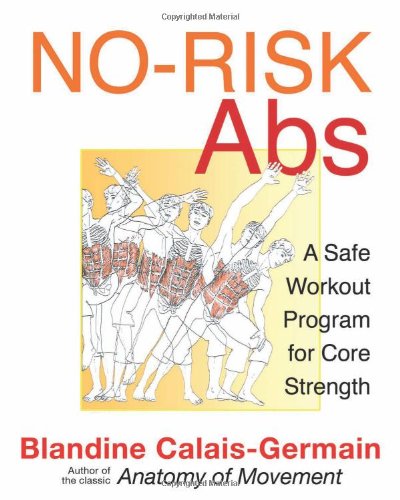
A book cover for No-Risk Abs: A Safe Workout Program for Core Strength; Blandine Calais-Germain; Health, Fitness & Dieting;